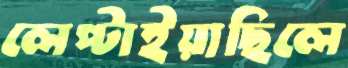
লেপ্‌টাইয়াছিলে